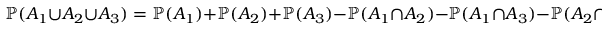
\mathbb { P } ( A _ { 1 } \cup A _ { 2 } \cup A _ { 3 } ) = \mathbb { P } ( A _ { 1 } ) + \mathbb { P } ( A _ { 2 } ) + \mathbb { P } ( A _ { 3 } ) - \mathbb { P } ( A _ { 1 } \cap A _ { 2 } ) - \mathbb { P } ( A _ { 1 } \cap A _ { 3 } ) - \mathbb { P } ( A _ { 2 } \cap A _ { 3 } ) + \mathbb { P } ( A _ { 1 } \cap A _ { 2 } \cap A _ { 3 } )